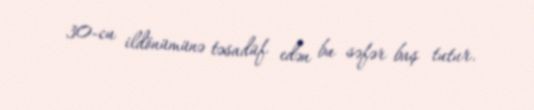
30-cu ildönümünə təsadüf edən bu səfər baş tutur.